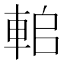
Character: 𨋱